Materia medica of Madras volume I
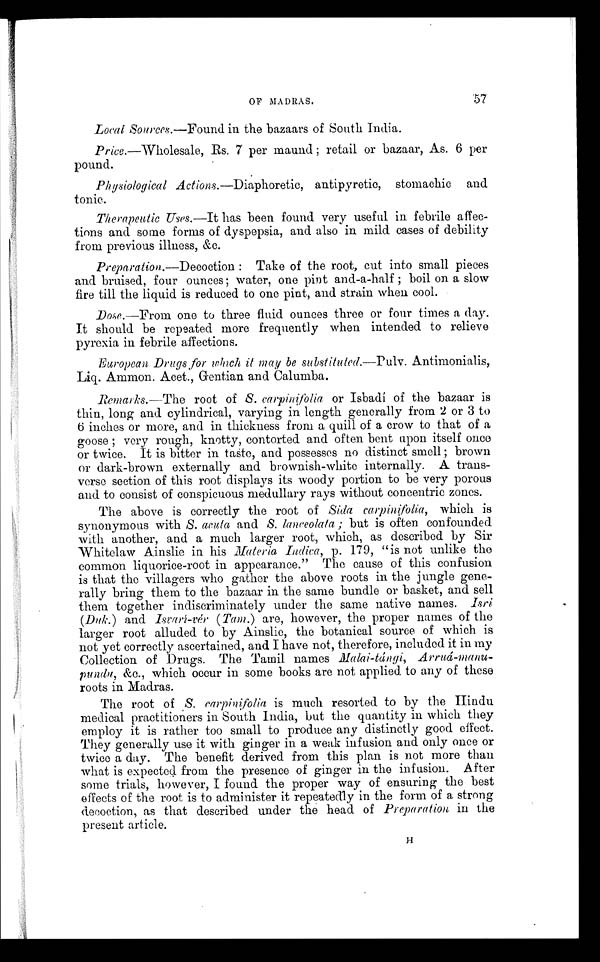
OF MADRAS.
57
Local Sources.—Found in the bazaars of South India.
Price.—Wholesale, Rs 7 per maund ; retail or bazaar, As. 6 per
pound.
Physiological Actions.—Diaphoretic, antipyretic, stomachic and
tonic.
Therapeutic Uses.—It has been found very useful in febrile affec-
tions and some forms of dyspepsia, and also in mild cases of debility
from previous illness, &c.
Preparation.—Decoction: Take of the root, cut into small pieces
and bruised, four ounces ; water, one pint and-a-half ; boil on a slow
fire till the liquid is reduced to one pint, and strain when cool.
D o s e — F r o m o n e t o t h r e e f l u i d o u n c e s t h r e e o r f o u r t i m e s a d a y .
It should be repeated more frequently when intended to relieve
pyrexia in febrile affections.
European Drugs for which it may be substituted.—Pulv. Antimonialis,
Liq. Ammon. Acet., Gentian and Calumba.
Remarks.—The root of S. carpinifolia or Isbadí of the bazaar is
thin, long and cylindrical, varying in length generally from 2 or 3 to
6 inches or more, and in thickness from a quill of a crow to that of a
goose ; very rough, knotty, contorted and often bent upon itself once
or twice. It is bitter in taste, and possesses no distinct smell ; brown
or dark-brown externally and brownish-white internally. A trans-
verse section of this root displays its woody portion to be very porous
and to consist of conspicuous medullary rays without concentric zones.
The above is correctly the root of Sida carpinifolia, which is
synonymous with S. acuta and S. lanceolata ; but is often confounded
with another, and a much larger root, which, as described by Sir
Whitelaw Ainslie in his Materia Indica, p. 179, "is not unlike the
common liquorice-root in appearance." The cause of this confusion
is that the villagers who gather the above roots in the jungle gene-
rally bring them to the bazaar in the same bundle or basket, and sell
them together indiscriminately under the same native names. Isri
(Duk.) and Isvarí-vér (Tam.) are, however, the proper names of the
larger root alluded to by Ainslie, the botanical source of which is
not yet correctly ascertained, and I have not, therefore, included it in my
Collection of Drugs. The Tamil names Malai-tángi,
pundu, &c., which occur in some books are not applied to any of these
roots in Madras.
The root of S. carpinifolia is much resorted to by the Hindu
medical practitioners in South India, but the quantity in which they
employ it is rather too small to produce any distinctly good effect.
They generally use it with ginger in a weak infusion and only once or
twice a day. The benefit derived from this plan is not more than
what is expected from the presence of ginger in the infusion. After
some trials, however, I found the proper way of ensuring the best
effects of the root is to administer it repeatedly in the form of a strong
decoction, as that described under the head of Preparation in the
present article.
H